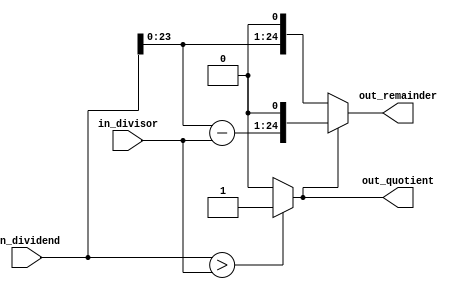
module OneBit_Div(in_dividend, in_divisor, out_quotient, out_remainder);
    parameter   DIVIDEND_SIZE   = 25;
    parameter   DIVISOR_SIZE    = 24;
    
    input [DIVIDEND_SIZE - 1:0] in_dividend;
    input [DIVISOR_SIZE - 1:0] in_divisor;

    output reg out_quotient;
    output reg [DIVIDEND_SIZE - 1:0] out_remainder;

    always @ (*) begin
        out_quotient = (in_dividend > in_divisor) ? 1'b1 : 1'b0;
        out_remainder = (out_quotient) ? ((in_dividend - in_divisor) << 1) : (in_dividend << 1);
    end
endmodule